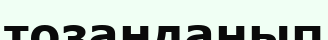
тозаңданып